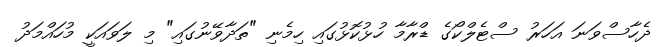
ދެހާސްވަނަ އަހަރު ސްޓެލްކޯގެ ޑްރާމާ ހުޅުކޮޅުގައި ހިމެނި "ތަދާވޭނުގައި" މި ލަވައަކީ މުހައްމަދު